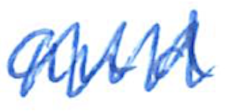
Text: and
Cross-out: zig-zag
Writing tool: ballpoint